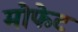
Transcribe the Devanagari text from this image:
मोफेट